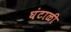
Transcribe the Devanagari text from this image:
घंटाळी